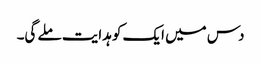
دس میں ایک کو ہدایت ملے گی۔